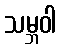
သမ္ဘဝါ